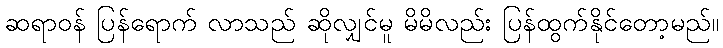
ဆရာဝန် ပြန်ရောက် လာသည် ဆိုလျှင်မူ မိမိလည်း ပြန်ထွက်နိုင်တော့မည်။